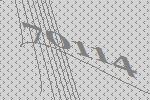
70114